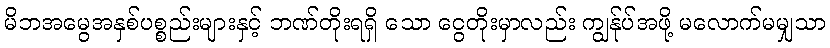
မိဘအမွေအနှစ်ပစ္စည်းများနှင့် ဘဏ်တိုးရရှိ သော ငွေတိုးမှာလည်း ကျွန်ုပ်အဖို့ မလောက်မမျှသာ